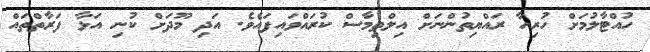
ހުއްޓާލުމަށް ހުރިހާ ރައްޔިތުންނަށް އިލްތިމާސް ކުރައްވައިފައެވެ. އަދި މޫދަށް ކުނި އަޅާ ފަރާތްތައް